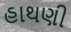
હાથણી